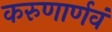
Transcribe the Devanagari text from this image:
करुणार्णवं